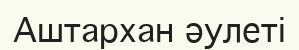
Аштархан әулеті